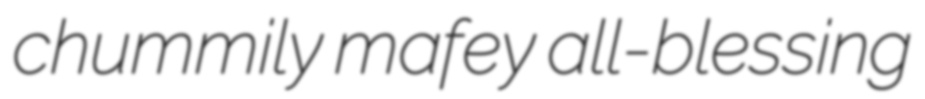
chummily mafey all-blessing